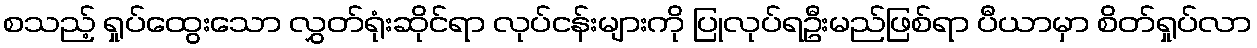
စသည့် ရှုပ်ထွေးသော လွှတ်ရုံးဆိုင်ရာ လုပ်ငန်းများကို ပြုလုပ်ရဦးမည်ဖြစ်ရာ ပီယာမှာ စိတ်ရှုပ်လာ